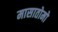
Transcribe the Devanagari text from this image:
मासातोमो